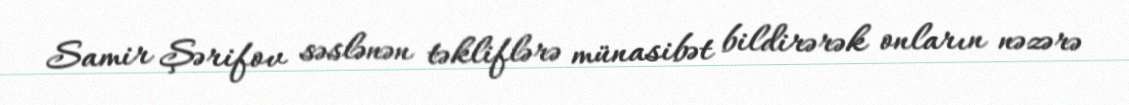
Samir Şərifov səslənən təkliflərə münasibət bildirərək onların nəzərə